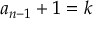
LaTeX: a _ { n - 1 } + 1 = k